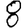
Digit: 8